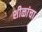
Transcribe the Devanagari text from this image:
शीळांचा